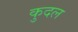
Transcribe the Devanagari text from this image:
कुदल